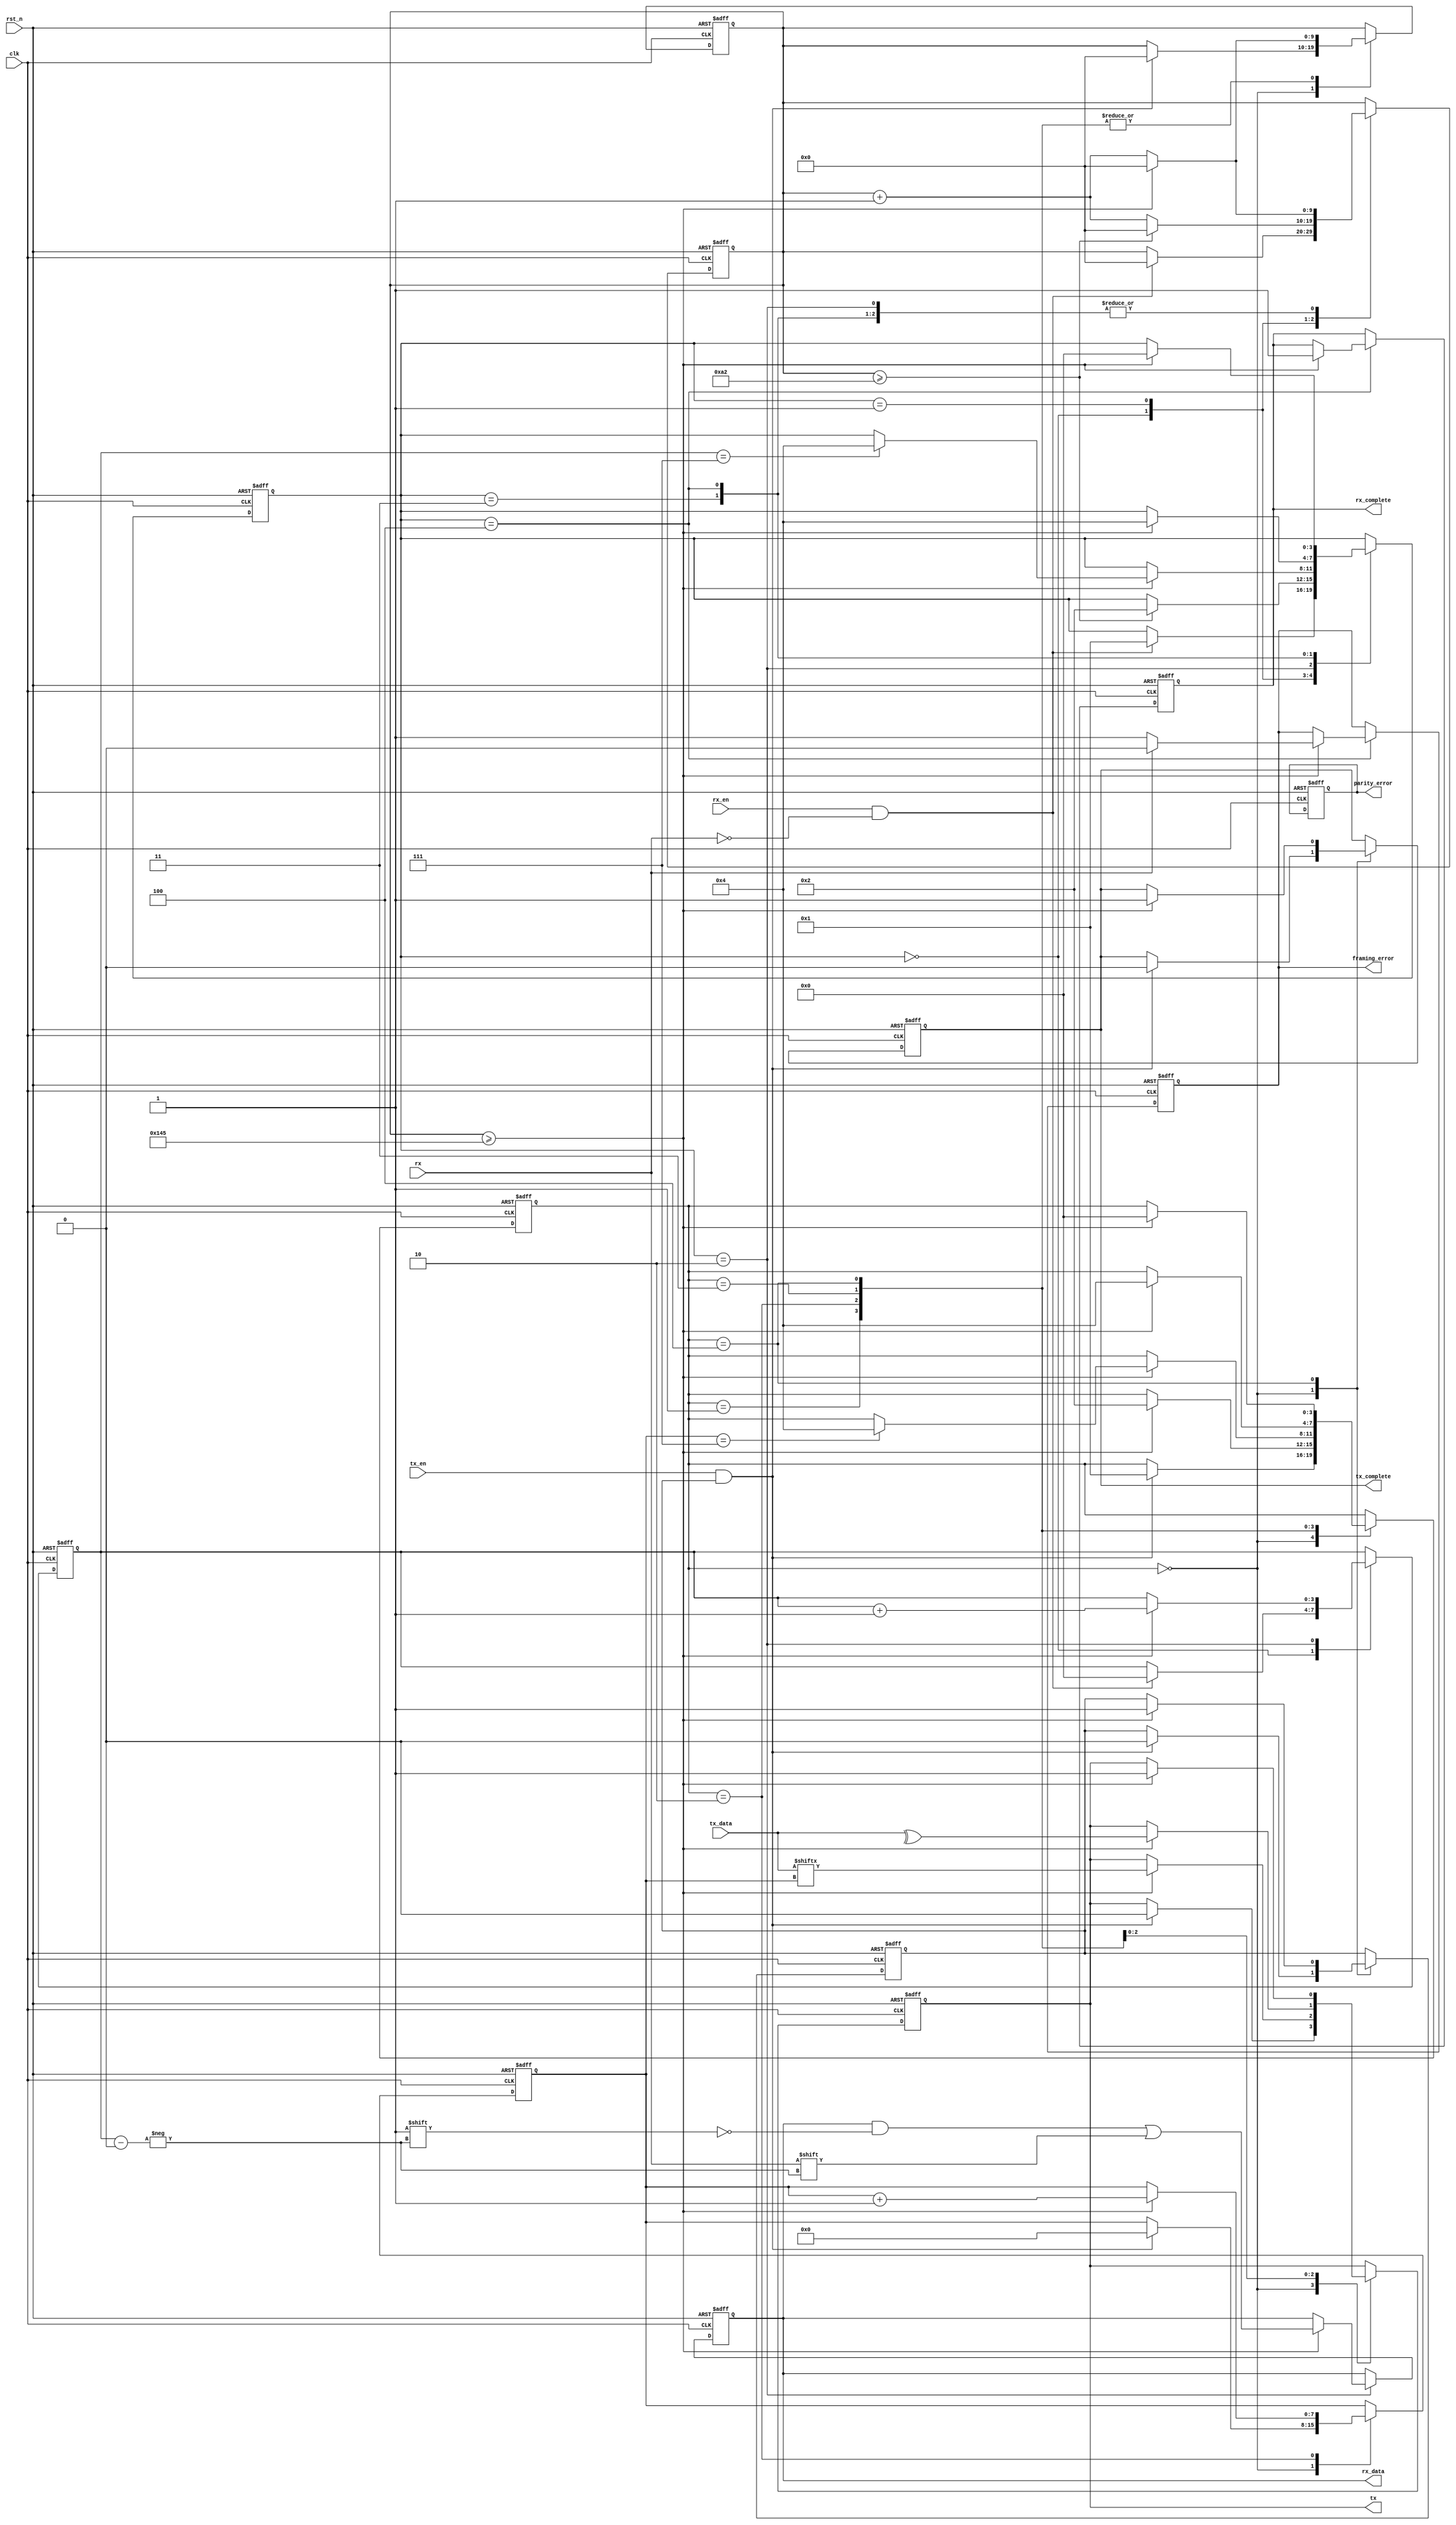
module parameterized_uart #(
    parameter BAUD_RATE = 9600,
    parameter DATA_WIDTH = 8,
    parameter STOP_BITS = 1,
    parameter PARITY_ENABLE = 0, // 0: None, 1: Even, 2: Odd
    parameter CLOCK_FREQ = 50000000 // System clock frequency
)(
    input wire clk,
    input wire rst_n,
    input wire [DATA_WIDTH-1:0] tx_data,
    input wire tx_en,
    output reg tx,
    output reg tx_complete,

    input wire rx,
    input wire rx_en,
    output reg [DATA_WIDTH-1:0] rx_data,
    output reg rx_complete,
    output reg parity_error,
    output reg framing_error
);

// Internal signals
reg [3:0] tx_state;
reg [3:0] rx_state;
reg [7:0] bit_count;
reg [9:0] baud_counter;
reg [3:0] rx_bit_count;
reg rx_ready;
reg tx_ready;
reg parity_bit;

// Baud rate calculation
localparam BAUD_DIV = CLOCK_FREQ / (BAUD_RATE * 16);
localparam TX_IDLE = 0, TX_START = 1, TX_DATA = 2, TX_PARITY = 3, TX_STOP = 4;
localparam RX_IDLE = 0, RX_START = 1, RX_DATA = 2, RX_PARITY = 3, RX_STOP = 4;

// Transmitter state machine
always @(posedge clk or negedge rst_n) begin
    if (!rst_n) begin
        tx_state <= TX_IDLE;
        tx <= 1; // Idle state for TX is high
        tx_complete <= 0;
        baud_counter <= 0;
        bit_count <= 0;
        tx_ready <= 1;
    end else begin
        case (tx_state)
            TX_IDLE: begin
                if (tx_en && tx_ready) begin
                    tx <= 0; // Start bit
                    tx_state <= TX_START;
                    baud_counter <= 0;
                    bit_count <= 0;
                    tx_complete <= 0;
                    tx_ready <= 0;
                end
            end

            TX_START: begin
                if (baud_counter >= BAUD_DIV) begin
                    baud_counter <= 0;
                    tx_state <= TX_DATA;
                end else begin
                    baud_counter <= baud_counter + 1;
                end
            end

            TX_DATA: begin
                if (baud_counter >= BAUD_DIV) begin
                    baud_counter <= 0;
                    tx <= tx_data[bit_count]; // Send data bit
                    bit_count <= bit_count + 1;

                    if (bit_count == DATA_WIDTH - 1) begin
                        if (PARITY_ENABLE) begin
                            tx_state <= TX_PARITY; // Go to parity if enabled
                        end else begin
                            tx_state <= TX_STOP; // Go to stop bits
                        end
                    end
                end else begin
                    baud_counter <= baud_counter + 1;
                end
            end

            TX_PARITY: begin
                if (baud_counter >= BAUD_DIV) begin
                    baud_counter <= 0;
                    // Calculate parity bit
                    parity_bit = ^tx_data;
                    tx <= (PARITY_ENABLE == 1) ? ~parity_bit : parity_bit; // Even
                    tx_state <= TX_STOP;
                end else begin
                    baud_counter <= baud_counter + 1;
                end
            end

            TX_STOP: begin
                if (baud_counter >= BAUD_DIV) begin
                    baud_counter <= 0;
                    tx <= 1; // Stop bit
                    tx_complete <= 1;
                    tx_state <= TX_IDLE;
                    tx_ready <= 1;
                end else begin
                    baud_counter <= baud_counter + 1;
                end
            end
        endcase
    end
end

// Receiver state machine
always @(posedge clk or negedge rst_n) begin
    if (!rst_n) begin
        rx_state <= RX_IDLE;
        rx_data <= 0;
        rx_complete <= 0;
        parity_error <= 0;
        framing_error <= 0;
        baud_counter <= 0;
        rx_ready <= 0;
        rx_bit_count <= 0;
    end else begin
        case (rx_state)
            RX_IDLE: begin
                if (rx_en && !rx) begin // Start bit detected
                    baud_counter <= 0;
                    rx_state <= RX_START;
                    rx_bit_count <= 0;
                end
            end

            RX_START: begin
                if (baud_counter >= BAUD_DIV / 2) begin // Wait half bit time
                    baud_counter <= 0;
                    rx_state <= RX_DATA;
                end else begin
                    baud_counter <= baud_counter + 1;
                end
            end

            RX_DATA: begin
                if (baud_counter >= BAUD_DIV) begin
                    baud_counter <= 0;
                    rx_data[rx_bit_count] <= rx; // Sample the bit
                    rx_bit_count <= rx_bit_count + 1;

                    if (rx_bit_count == DATA_WIDTH - 1) begin
                        if (PARITY_ENABLE) begin
                            rx_state <= RX_PARITY;
                        end else begin
                            rx_state <= RX_STOP;
                        end
                    end
                end else begin
                    baud_counter <= baud_counter + 1;
                end
            end

            RX_PARITY: begin
                if (baud_counter >= BAUD_DIV) begin
                    baud_counter <= 0;
                    // Check parity here
                    parity_bit = ^rx_data;
                    if (PARITY_ENABLE == 1) begin // Even
                        if (rx != ~parity_bit) parity_error <= 1;
                    end else if (PARITY_ENABLE == 2) begin // Odd
                        if (rx != parity_bit) parity_error <= 1;
                    end
                    rx_state <= RX_STOP;
                end else begin
                    baud_counter <= baud_counter + 1;
                end
            end

            RX_STOP: begin
                if (baud_counter >= BAUD_DIV) begin
                    baud_counter <= 0;
                    if (rx) begin // Check if stop bit is high
                        framing_error <= 0; // No framing error
                    end else begin
                        framing_error <= 1; // Framing error
                    end
                    rx_complete <= 1;
                    rx_state <= RX_IDLE;
                end else begin
                    baud_counter <= baud_counter + 1;
                end
            end
        endcase
    end
end

endmodule